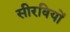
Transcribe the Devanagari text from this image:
सीरवियों